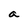
Character: a